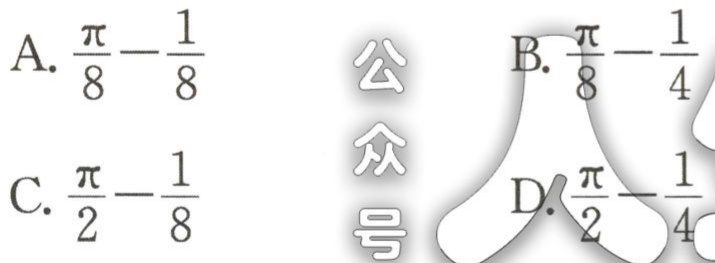
A. $\frac{\pi}{8}-\frac{1}{8}$

B. $\frac{\pi}{8}-\frac{1}{4}$

C. $\frac{\pi}{2}-\frac{1}{8}$

D. $\frac{\pi}{2}-\frac{1}{4}$